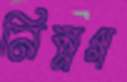
নিম্নগ